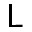
\mathsf { L }